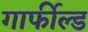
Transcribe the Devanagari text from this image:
गार्फील्ड